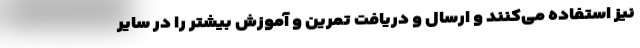
نیز استفاده می‌کنند و ارسال و دریافت تمرین و آموزش بیشتر را در سایر